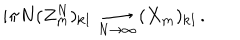
LaTeX: i \pi N ( Z _ { \bf m } ^ { N } ) _ { \bf k l } \, \mathop { \longrightarrow } _ { N \rightarrow \infty } \, ( X _ { \bf m } ) _ { \bf k l } \, .